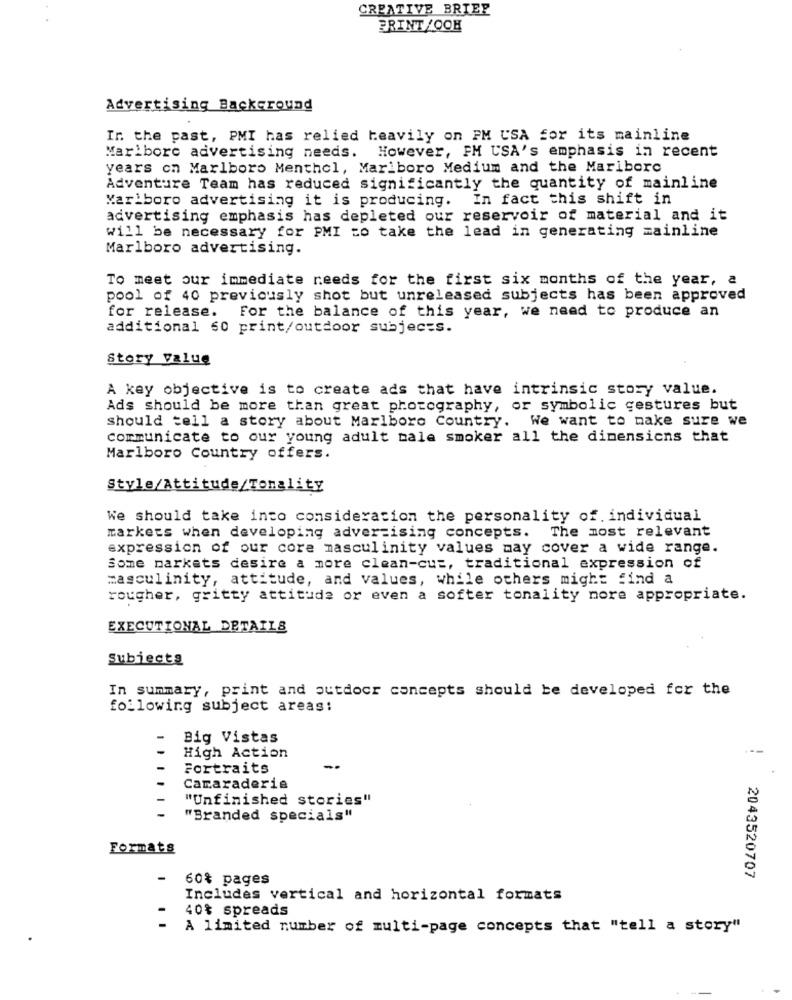
CREATIVE BRIEF
PRINT/OOH
Advertising Background
In the past, PMI has relied heavily on FM USA for its mainline
Marlboro advertising needs. However, FM USA's emphasis in recent
years on Marlboro Menthol, Marlboro Medium and the Mariborc
Adventure Team has reduced significantly the quantity of mainline
Marlboro advertising it is producing.
In fact this shift in
advertising emphasis has depleted our reservoir of material and it
will be necessary for PMI to take the lead in generating mainline
Marlboro advertising.
To meet our immediate needs for the first six months of the year, a
pool of 40 previously shot but unreleased subjects has been approved
for release.
For the balance of this year, we need to produce an
additional 60 print/outdoor subjects.
Story Value
A key objective is to create ads that have intrinsic story value.
Ads should be more than great photography, or symbolic gestures but
should tell a story about Marlboro Country. We want to make sure we
communicate to our young adult male smoker all the dimensions that
Marlboro Country offers.
Style/Attitude/Tonality
We should take into consideration the personality of. individual
The most relevant
markets when developing advertising concepts.
expression of our core masculinity values may cover a wide range.
Some markets desire a more clean-cuz, traditional expression of
masculinity, attitude, and values, while others might find a
rougher, gritty attitude or even a softer tonality more appropriate.
EXECUTIONAL DETAILS
Subjects
In summary, print and outdoor concepts should be developed for the
following subject areas:
-
Big Vistas
High Action
Fortraits
Camaraderie
"Unfinished stories"
"Branded specials"
Formats
2043520707
60% pages
Includes vertical and horizontal formats
40% spreads
A limited number of multi-page concepts that "tell a story"